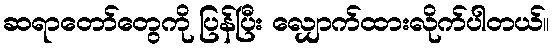
ဆရာတော်တွေကို ပြန်ပြီး လျှောက်ထားလိုက်ပါတယ်။